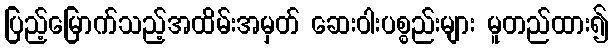
ပြည့်မြောက်သည့်အထိမ်းအမှတ် ဆေးဝါးပစ္စည်းများ မူတည်ထား၍